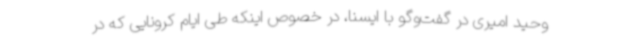
وحید امیری در گفت‌وگو با ایسنا، در خصوص اینکه طی ایام کرونایی که در